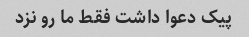
پیک دعوا داشت فقط ما رو نزد